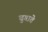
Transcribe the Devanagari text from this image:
चुगाते